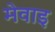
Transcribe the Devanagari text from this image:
मेवाइ